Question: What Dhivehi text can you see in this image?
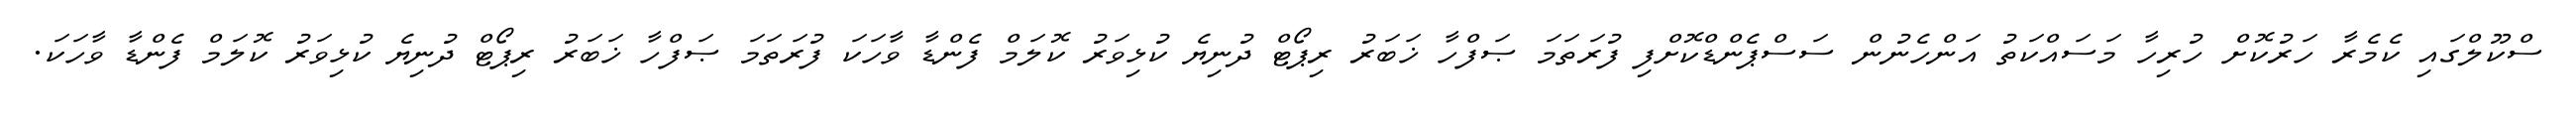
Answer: ސްކޫލްގައި ކެމެރާ ހަރުކޮށް ހުރިހާ މަސައްކަތު އަންހެނުން ސަސްޕެންޑްކޮށްފި ފުރަތަމަ ޞަފްހާ ޚަބަރު ރިޕޯޓް ދުނިޔެ ކުޅިވަރު ކޮލަމް ފެންޑާ ވާހަކަ ފުރަތަމަ ޞަފްހާ ޚަބަރު ރިޕޯޓް ދުނިޔެ ކުޅިވަރު ކޮލަމް ފެންޑާ ވާހަކަ.